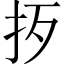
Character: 𢪰